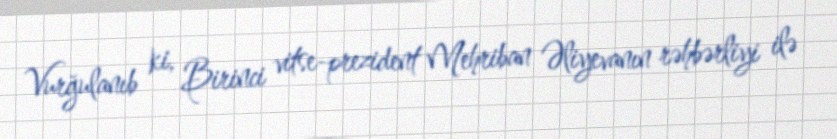
Vurğulanıb ki, Birinci vitse-prezident Mehriban Əliyevanın rəhbərliyi ilə